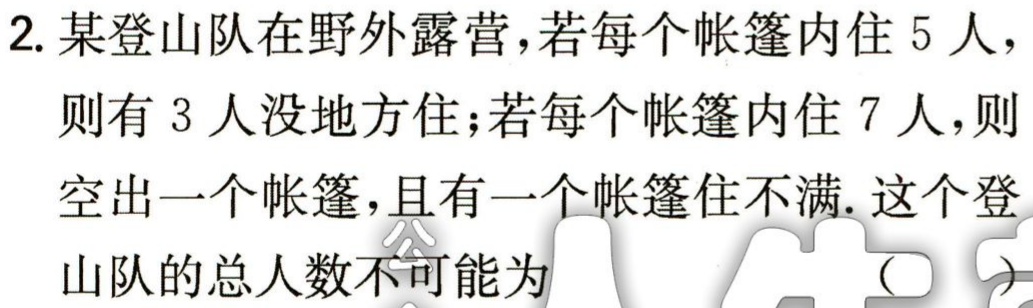
2. 某登山队在野外露营，若每个帐篷内住 5 人，

则有 3 人没地方住；若每个帐篷内住 7 人，则

空出一个帐篷，且有一个帐篷住不满. 这个登

山队的总人数不可能为 （  ）